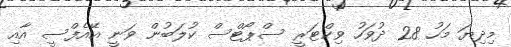
މިދިޔަ މަހު 28 ދުވަހު ވިކްޓަރީ ސްޕޯޓްސް ކުލަބުން ވަނީ އޭއެފްސީ އާއި